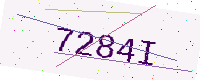
Text: 7284I